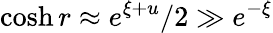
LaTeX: \cosh r\approx e^{\xi+u}/2\gg e^{-\xi}